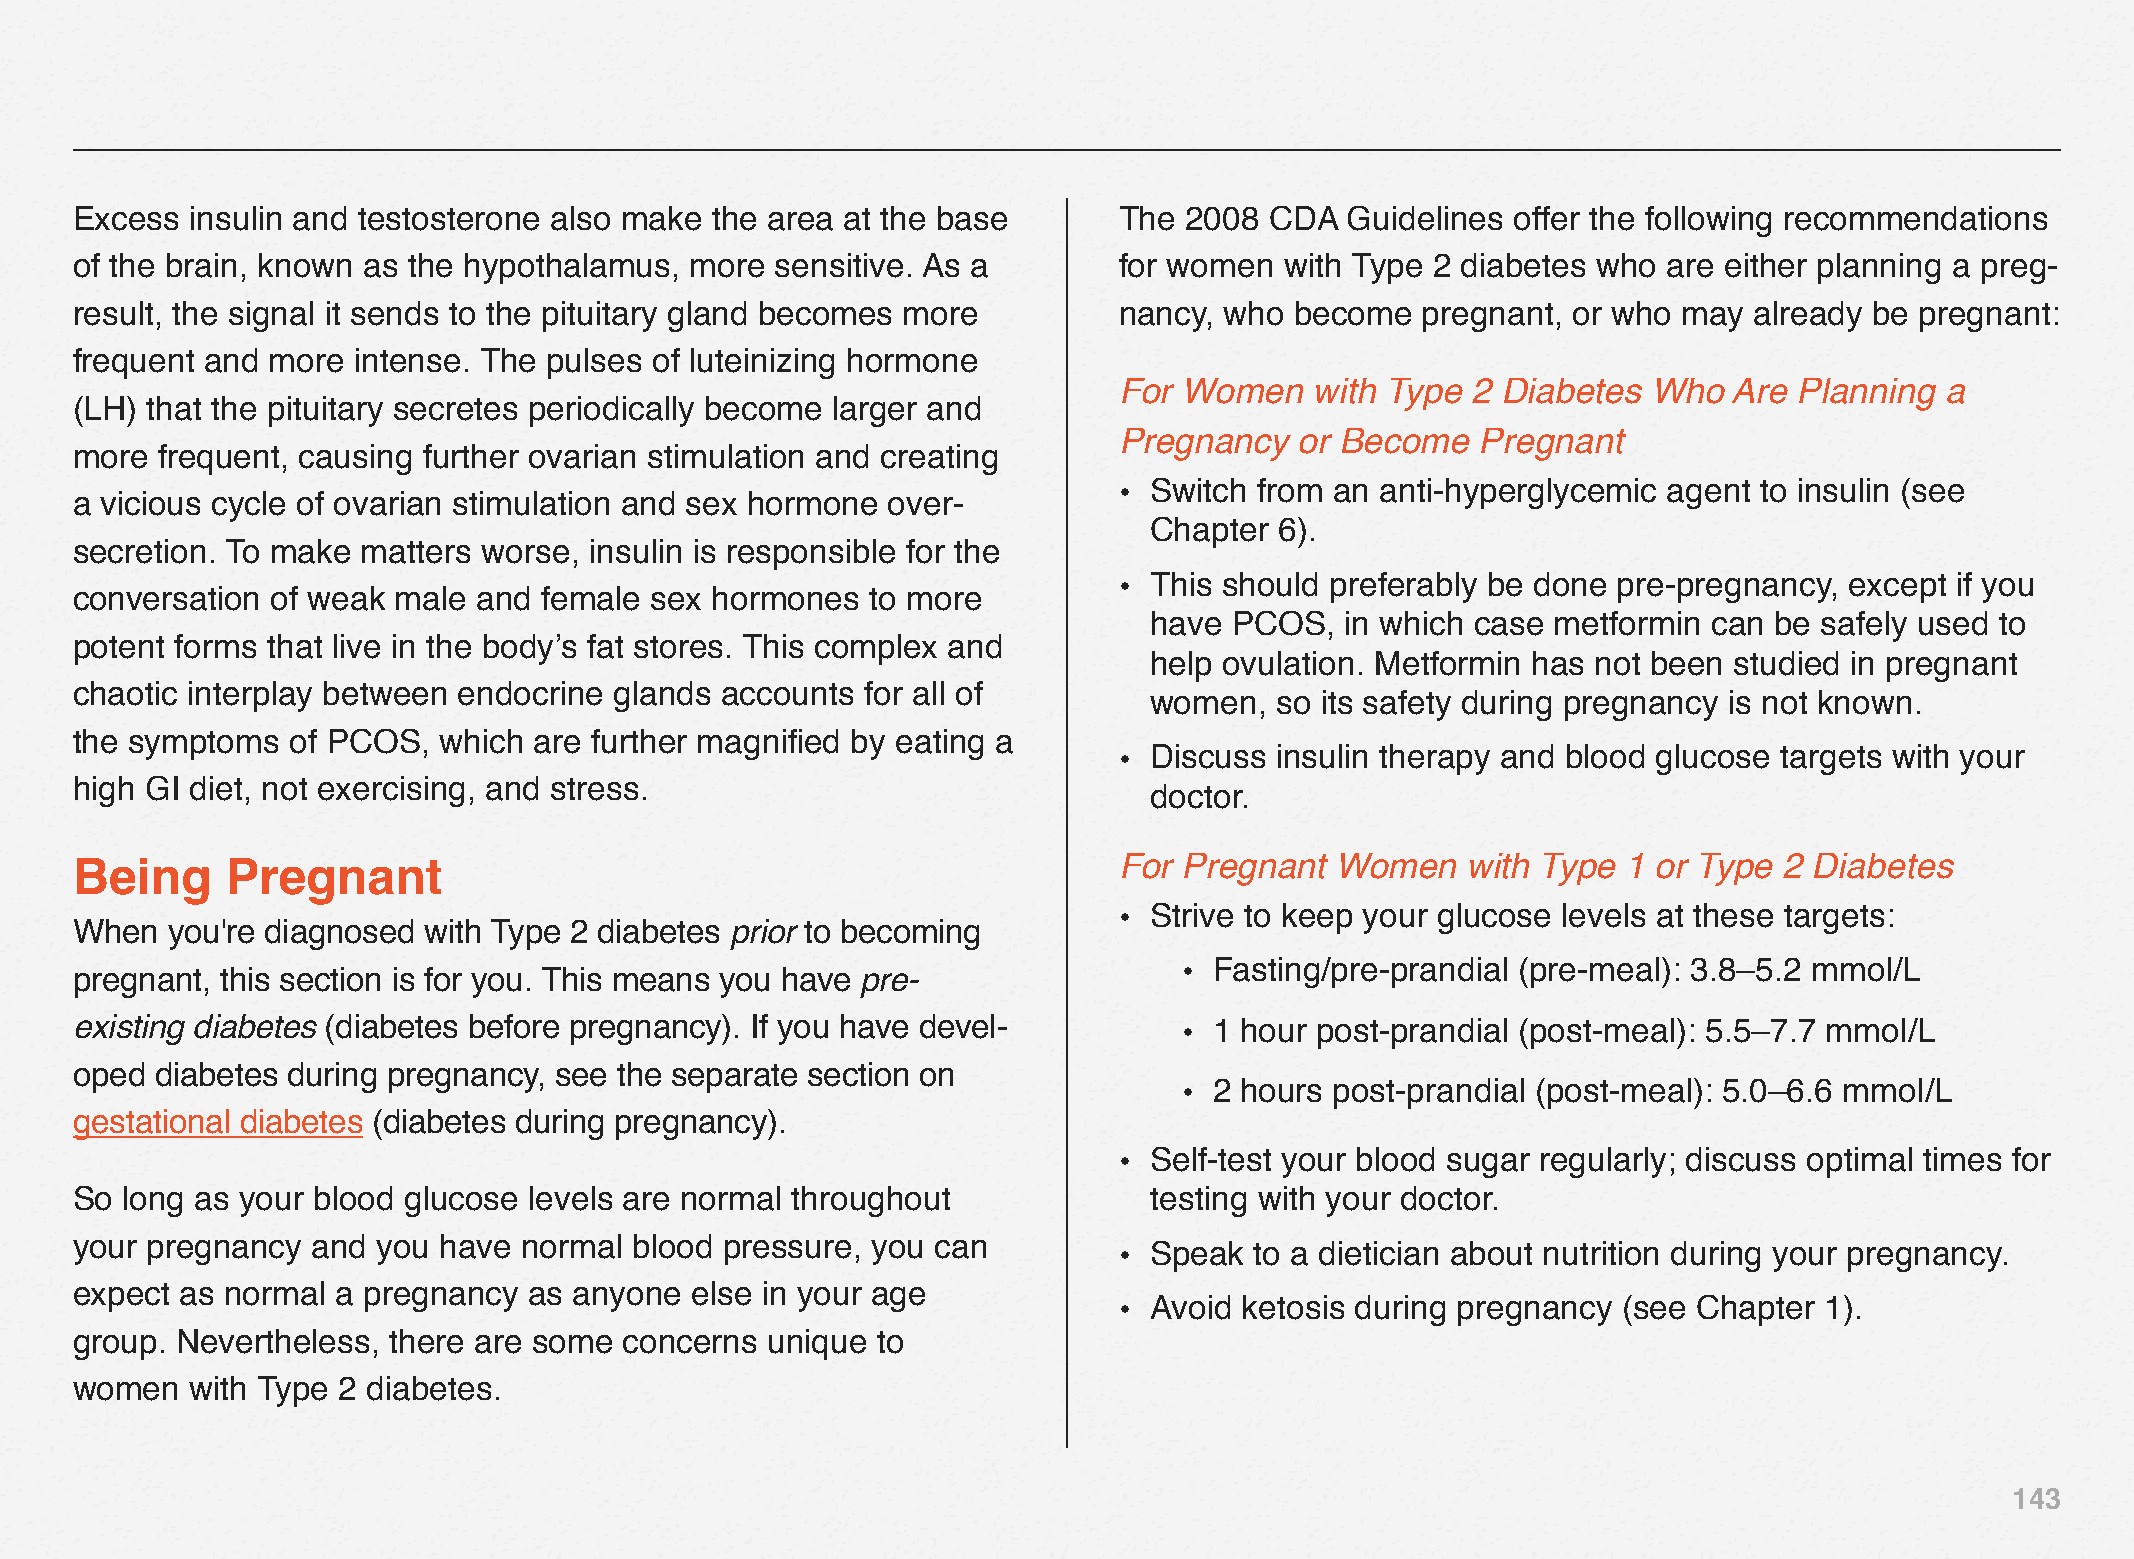
Excess  insulin and testosterone also make the area at the base      The 2008  CDA  Guidelines offer the following recommendations
 of the brain, known as the hypothalamus, more sensitive. As a        for women  with Type 2 diabetes who are either planning a preg-
 result, the signal it sends to the pituitary gland becomes more      nancy, who  become  pregnant, or who may  already be pregnant:
 frequent and more intense. The pulses of luteinizing hormone
 For Women    with Type 2 Diabetes  Who   Are Planning  a
 (LH) that the pituitary secretes periodically become larger and
 Pregnancy   or Become   Pregnant
 more frequent, causing further ovarian stimulation and creating
 • Switch from an anti-hyperglycemic agent to insulin (see
 a vicious cycle of ovarian stimulation and sex hormone over-
 Chapter  6).
 secretion. To make matters worse, insulin is responsible for the
 • This should preferably be done pre-pregnancy, except if you
 conversation of weak male  and female sex hormones   to more
 have  PCOS,  in which case metformin can be  safely used to
 potent forms that live in the body’s fat stores. This complex and
 help ovulation. Metformin has not been studied in pregnant
 chaotic interplay between endocrine glands accounts for all of
 women,  so its safety during pregnancy is not known.
 the symptoms  of PCOS,  which are further magnified by eating a
 • Discuss insulin therapy and blood glucose targets with your
 high GI diet, not exercising, and stress.
 doctor.
 Being     Pregnant                                                   For Pregnant  Women    with Type  1 or Type 2 Diabetes
 • Strive to keep your glucose levels at these targets:
 When  you're diagnosed with Type 2 diabetes prior to becoming
 • Fasting/pre-prandial (pre-meal): 3.8–5.2 mmol/L
 pregnant, this section is for you. This means you have pre-
 existing diabetes (diabetes before pregnancy). If you have devel-        • 1 hour post-prandial (post-meal): 5.5–7.7 mmol/L
 oped diabetes during pregnancy, see the separate section on
 • 2 hours post-prandial (post-meal): 5.0–6.6 mmol/L
 gestational diabetes (diabetes during pregnancy).
 • Self-test your blood sugar regularly; discuss optimal times for
 So long as your blood glucose levels are normal throughout             testing with your doctor.
 your pregnancy  and you have  normal blood pressure, you can
 • Speak  to a dietician about nutrition during your pregnancy.
 expect as normal a pregnancy  as anyone  else in your age
 • Avoid ketosis during pregnancy (see Chapter  1).
 group. Nevertheless, there are some concerns  unique to
 women   with Type 2 diabetes.
 143